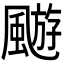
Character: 𩘓